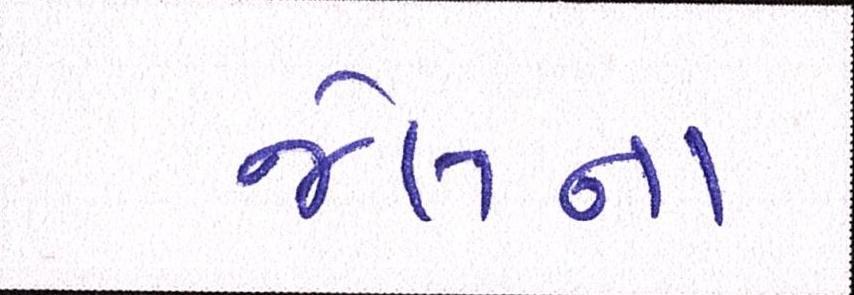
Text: જેલના